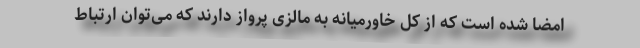
امضا شده است که از کل خاورمیانه به مالزی پرواز دارند که می‌توان ارتباط